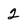
Character: 2